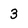
Character: 3